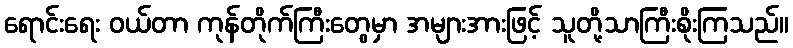
ရောင်းရေး ဝယ်တာ ကုန်တိုက်ကြီးတွေမှာ အများအားဖြင့် သူတို့သာကြီးစိုးကြသည်။